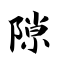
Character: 隙